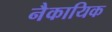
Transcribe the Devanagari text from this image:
नैकायिक